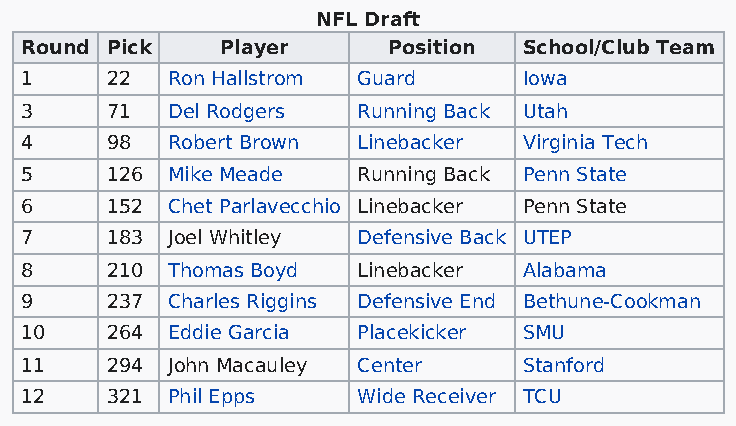
NFL Draft
 Round Pick    Player     Position School/Club Team
 1     22  Ron Hallstrom Guard     Iowa
 3     71  Del Rodgers  Running Back Utah
 4     98  Robert Brown Linebacker Virginia Tech
 5     126 Mike Meade   Running Back Penn State
 6     152 Chet Parlavecchio Linebacker Penn State
 7     183 Joel Whitley Defensive Back UTEP
 8     210 Thomas Boyd  Linebacker Alabama
 9     237 Charles Riggins Defensive End Bethune-Cookman
 10    264 Eddie Garcia Placekicker SMU
 11    294 John Macauley Center    Stanford
 12    321 Phil Epps    Wide Receiver TCU